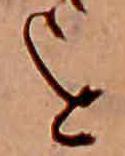
を